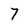
Character: 7